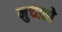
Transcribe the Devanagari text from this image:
मुच्चतो